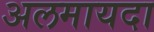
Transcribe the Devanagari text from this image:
अलमायदा